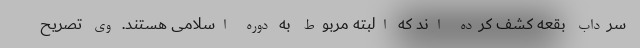
سرداب بقعه کشف کرده اند که البته مربوط به دوره اسلامی هستند. وی تصریح